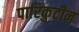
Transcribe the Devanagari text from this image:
पारिकुटीन